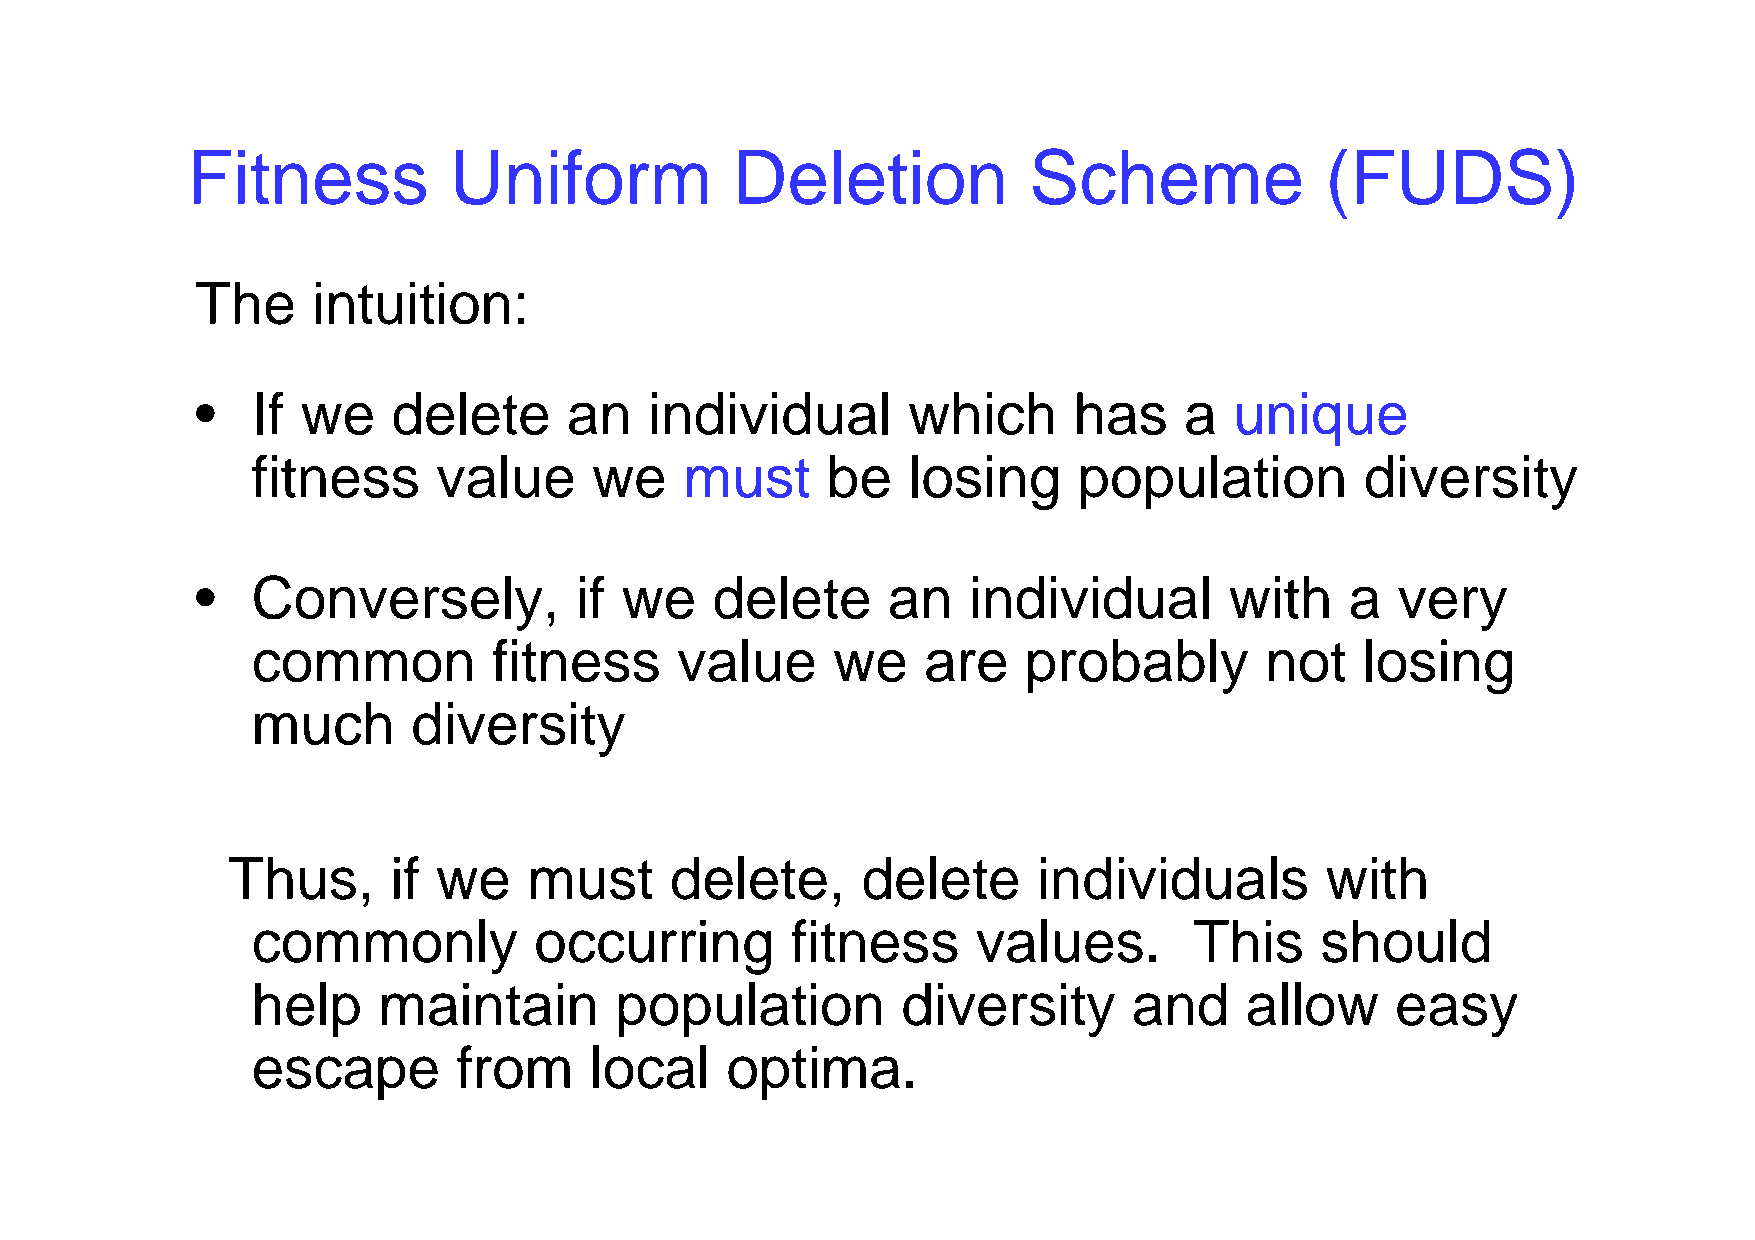
Fitness           Uniform            Deletion           Scheme              (FUDS)
 The     intuition:
 •   If we    delete      an   individual       which      has    a   unique
 fitness     value     we    must      be   losing     population         diversity
 •   Conversely,          if we    delete      an   individual       with    a  very
 common          fitness     value     we    are    probably        not   losing
 much      diversity
 Thus,      if we    must     delete,      delete      individuals        with
 commonly          occurring        fitness      values.       This    should
 help    maintain        population         diversity      and    allow     easy
 escape       from     local    optima.